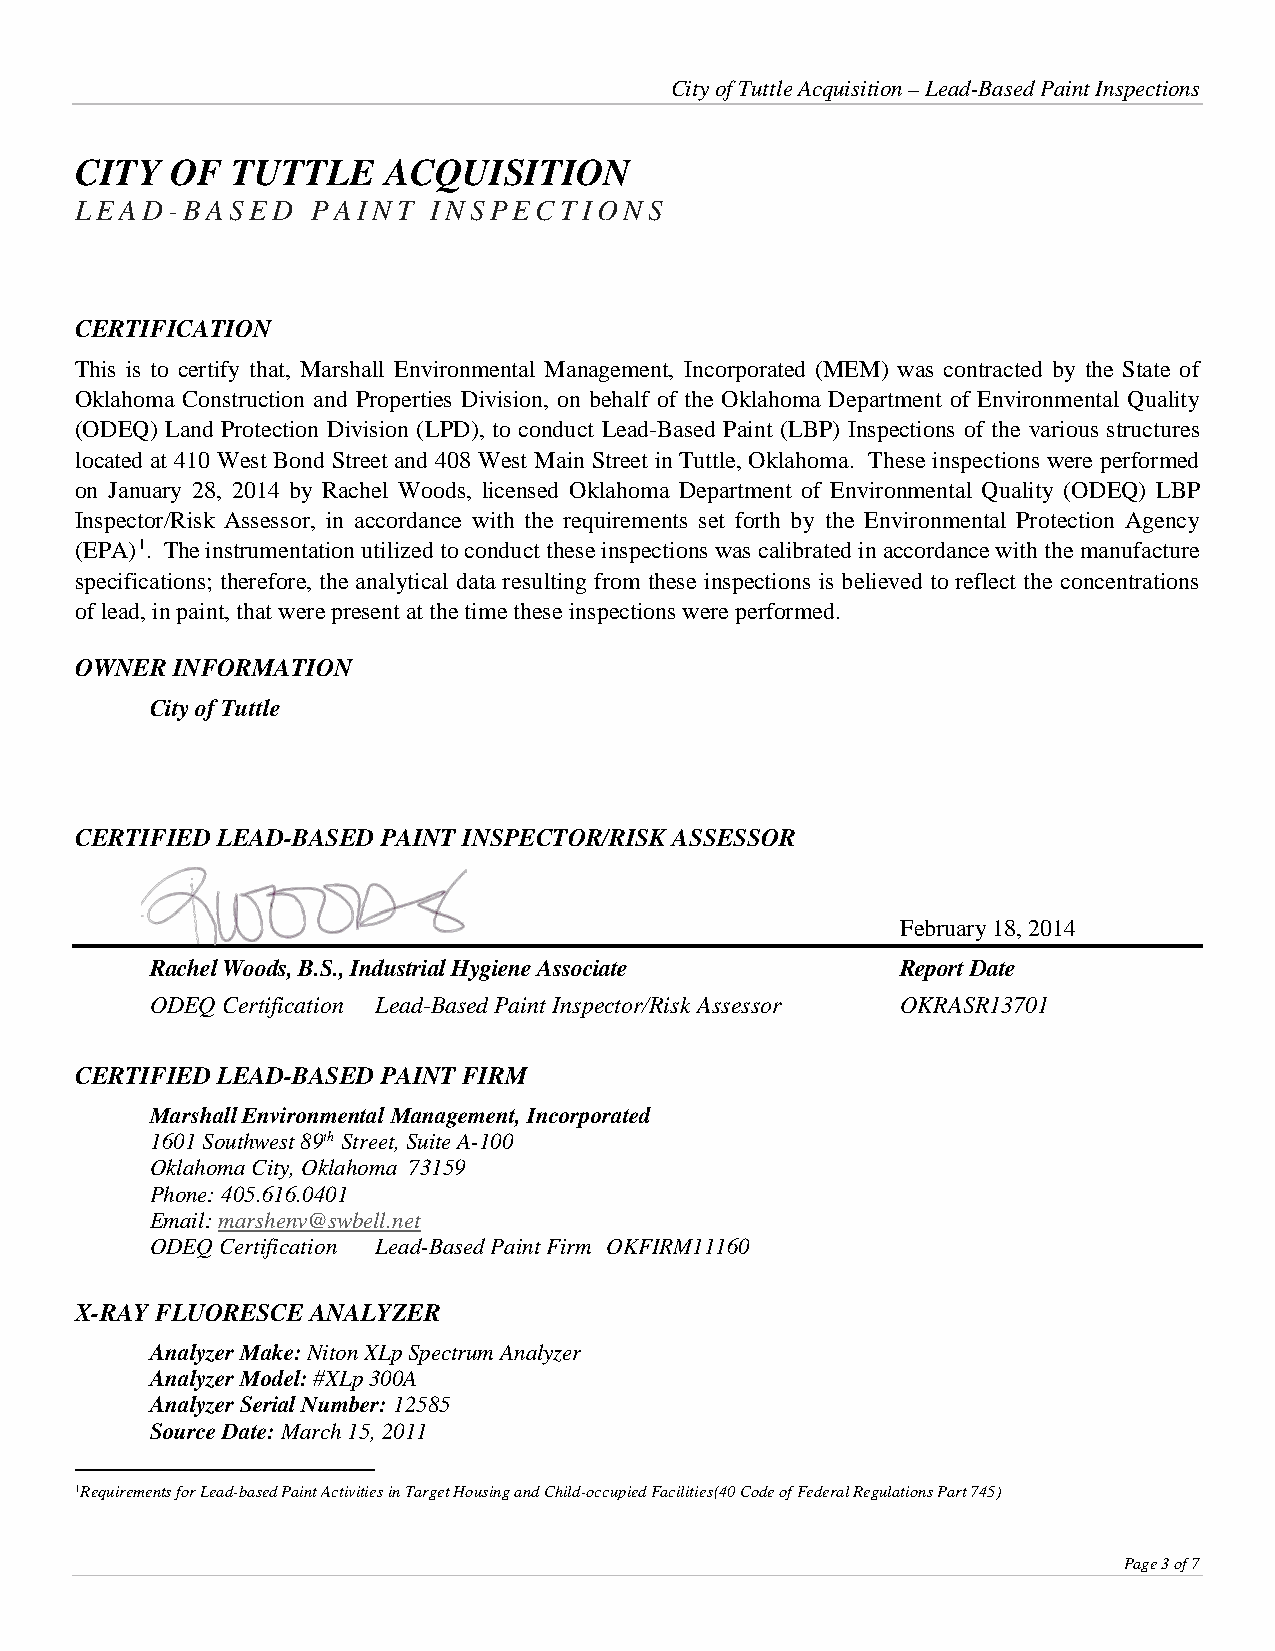
City of Tuttle Acquisition – Lead-Based Paint Inspections
 CITY  OF  TUTTLE    ACQUISITION
 LEAD-BASED      PAINT   INSPECTIONS
 CERTIFICATION
 This is to certify that, Marshall Environmental Management, Incorporated (MEM) was contracted by the State of
 Oklahoma Construction and Properties Division, on behalf of the Oklahoma Department of Environmental Quality
 (ODEQ) Land Protection Division (LPD), to conduct Lead-Based Paint (LBP) Inspections of the various structures
 located at 410 West Bond Street and 408 West Main Street in Tuttle, Oklahoma. These inspections were performed
 on January 28, 2014 by Rachel Woods, licensed Oklahoma Department of Environmental Quality (ODEQ) LBP
 Inspector/Risk Assessor, in accordance with the requirements set forth by the Environmental Protection Agency
 (EPA)1. The instrumentation utilized to conduct these inspections was calibrated in accordance with the manufacture
 specifications; therefore, the analytical data resulting from these inspections is believed to reflect the concentrations
 of lead, in paint, that were present at the time these inspections were performed.
 OWNER INFORMATION
 City of Tuttle
 CERTIFIED LEAD-BASED PAINT INSPECTOR/RISK ASSESSOR
 February 18, 2014
 Rachel Woods, B.S., Industrial Hygiene Associate  Report Date
 ODEQ Certification Lead-Based Paint Inspector/Risk Assessor OKRASR13701
 CERTIFIED LEAD-BASED PAINT FIRM
 Marshall Environmental Management, Incorporated
 1601 Southwest 89th Street, Suite A-100
 Oklahoma City, Oklahoma 73159
 Phone: 405.616.0401
 Email: marshenv@swbell.net
 ODEQ Certification Lead-Based Paint Firm OKFIRM11160
 X-RAY FLUORESCE ANALYZER
 Analyzer Make: Niton XLp Spectrum Analyzer
 Analyzer Model: #XLp 300A
 Analyzer Serial Number: 12585
 Source Date: March 15, 2011
 1Requirements for Lead-based Paint Activities in Target Housing and Child-occupied Facilities(40 Code of Federal Regulations Part 745)
 Page 3 of 7